Language: tamil
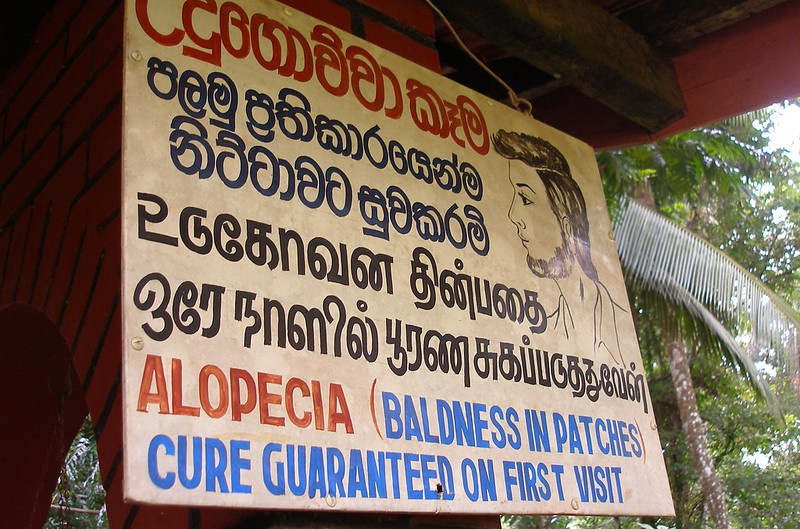
Transcription: உடுகோவன ககப்படுதகுலேன் தின்பதை ஒரே நாளில் பூரண